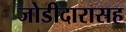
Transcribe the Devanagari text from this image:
जोडीदारासह